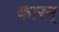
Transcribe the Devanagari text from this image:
कारन्